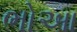
ભોઆ